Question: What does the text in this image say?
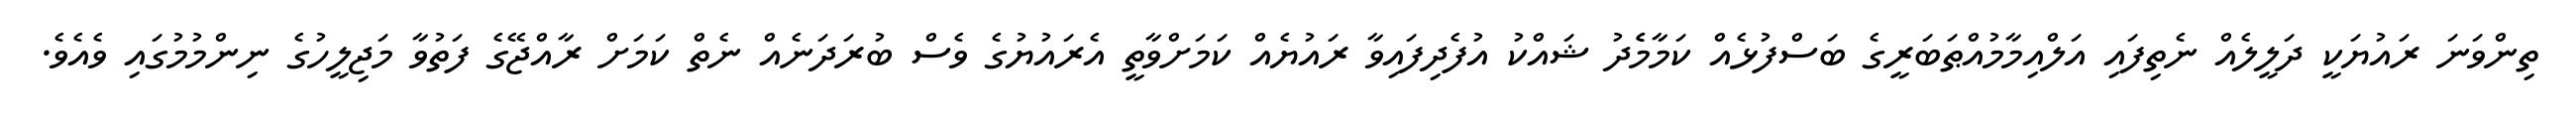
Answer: ތިންވަނަ ރައުޔަކީ ދަލީލެއް ނެތިފައި އަލްއިމާމުއްޠަބަރީގެ ބަސްފުޅެއް ކަމާމެެދު ޝައްކު އުފެދިފައިވާ ރައުޔެއް ކަމަށްވާތީ އެރައުޔުގެ ވެސް ބުރަދަނެއް ނެތް ކަމަށް ރާއްޖޭގެ ފަތުވާ މަޖިލީހުގެ ނިންމުމުގައި ވެއެވެ.